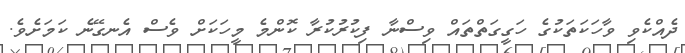
ދެއްކެވި ވާހަކަތަކުގެ ހަގީގަތްތައް ވިސްނާ ފިކުރުކުރާ ކޮންމެ މީހަކަށް ވެސް އެނގޭނެ ކަމަށެވެ.